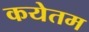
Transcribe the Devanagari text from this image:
कयेतम